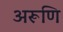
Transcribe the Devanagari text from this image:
अरूणि